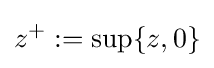
z^{+}:=\sup\{z,0\}